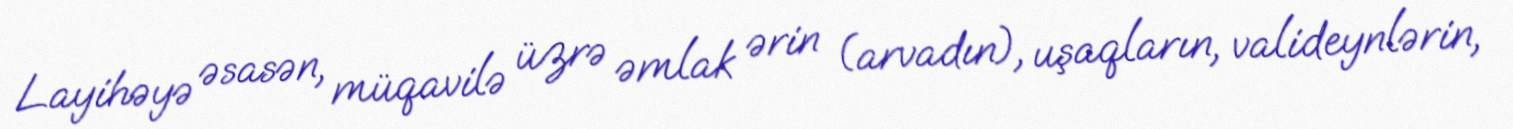
Layihəyə əsasən, müqavilə üzrə əmlak ərin (arvadın), uşaqların, valideynlərin,